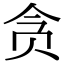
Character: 贪